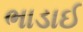
ભાડાઈ